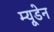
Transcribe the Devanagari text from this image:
म्यूडेन